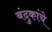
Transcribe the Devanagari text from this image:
बंदुकांचे